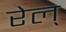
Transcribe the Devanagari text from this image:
रेल्